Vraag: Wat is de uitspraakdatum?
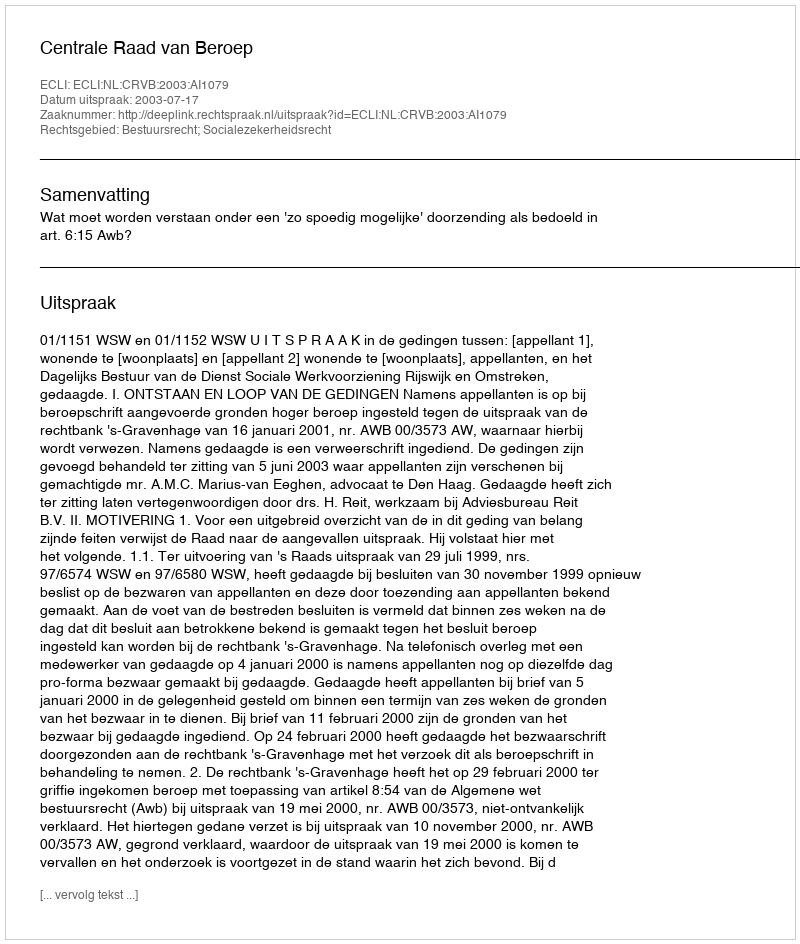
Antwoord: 2003-07-17